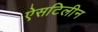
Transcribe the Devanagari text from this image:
ऐसटिलीन